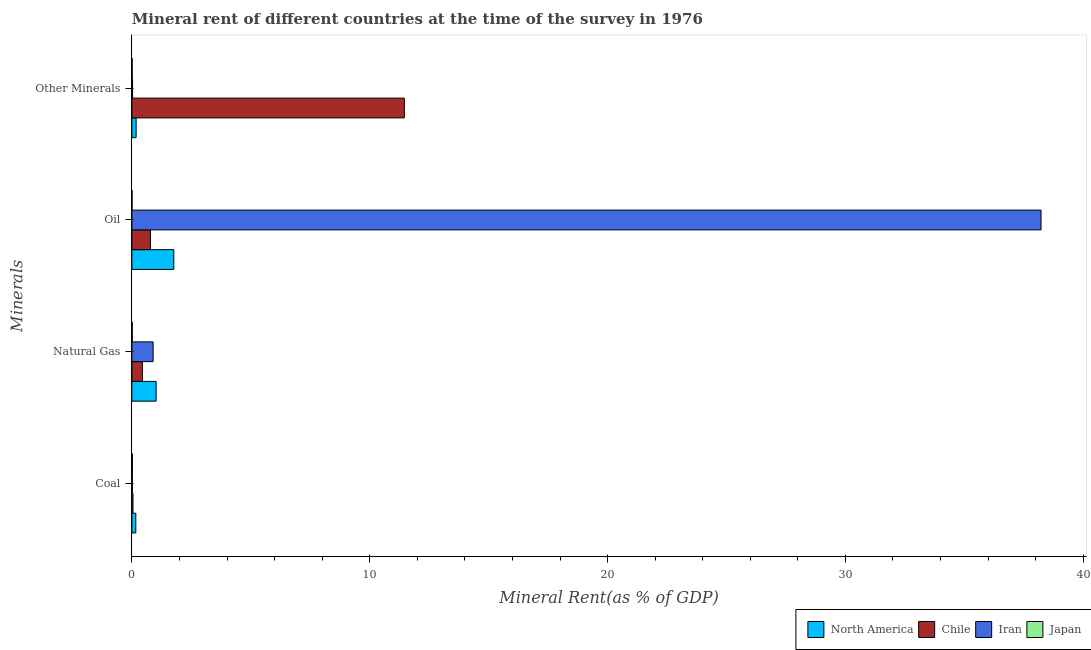
| Minerals | North America | Chile | Iran | Japan |
 | --- | --- | --- | --- | --- |
 | Coal | 0.165 | 0.0475 | 0.0205 | 0.0218 |
 | Natural Gas | 1.02 | 0.442 | 0.894 | 0.0181 |
 | Oil | 1.76 | 0.781 | 38.2 | 0.00824 |
 | Other Minerals | 0.179 | 11.5 | 0.0297 | 0.0145 |